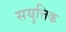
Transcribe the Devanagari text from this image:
सयुत्तिक